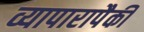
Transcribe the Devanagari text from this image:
व्यापारापैकी